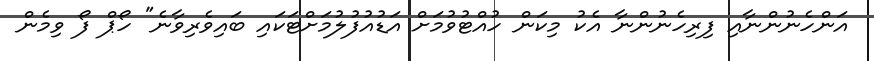
އަންހެނުންނާއި ފިރިހެނުންނާ އެކު މިކަން ހުއްޓުވުމަށް އަޑުއުފުލުމަށްޓަކައި ބައިވެރިވާނެ" ހޯޕް ފޯ ވިމެން